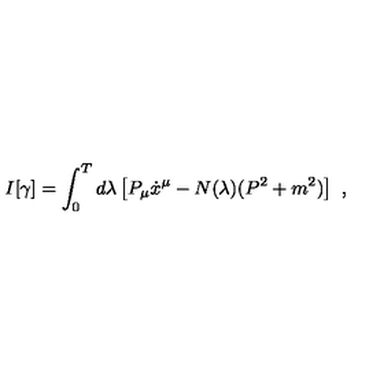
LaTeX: I [ \gamma ] = \int _ { 0 } ^ { T } d \lambda \left[ P _ { \mu } \dot { x } ^ { \mu } - N ( \lambda ) ( P ^ { 2 } + m ^ { 2 } ) \right] \ ,